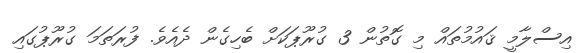
އިސްލާމީ ޤައުމުތައް މި ގޮތުން 3 ގުރޫޕަކަށް ބެހިގެން ދެއެވެ. ފުރަތަމަ ގުރޫޕުގައި